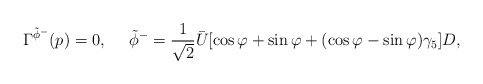
\begin{align*}\Gamma^{\tilde{\phi}^-}(p)=0, \ \ \ \ \tilde{\phi}^-=\frac{1}{\sqrt{2}}\bar{U}[\cos\varphi+\sin\varphi+ (\cos\varphi-\sin\varphi)\gamma_5]D,\end{align*}